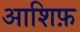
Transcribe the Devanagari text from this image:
आशिफ़